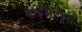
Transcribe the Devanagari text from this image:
बाईमाणूस